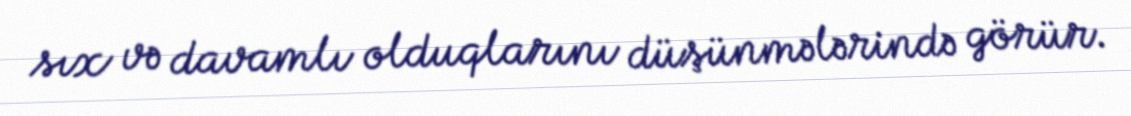
sıx və davamlı olduqlarını düşünmələrində görür.